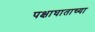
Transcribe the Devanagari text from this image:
पक्षाघाताच्या